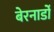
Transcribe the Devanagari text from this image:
बेरनार्डो